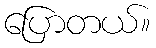
ပြောတယ်။